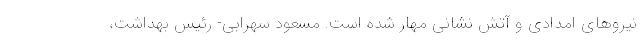
نیروهای امدادی و آتش نشانی مهار شده است. مسعود سهرابی- رئیس بهداشت،